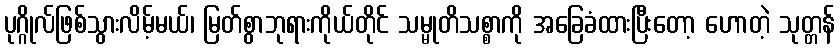
ပုဂ္ဂိုလ်ဖြစ်သွားလိမ့်မယ်၊ မြတ်စွာဘုရားကိုယ်တိုင် သမ္မုတိသစ္စာကို အခြေခံထားပြီးတော့ ဟောတဲ့ သုတ္တန်